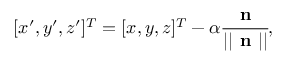
\begin{array} { r } { [ x ^ { \prime } , y ^ { \prime } , z ^ { \prime } ] ^ { T } = [ x , y , z ] ^ { T } - \alpha \cfrac { \textbf { n } } { | | \textbf { n } | | } , } \end{array}